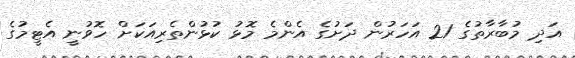
އަދި މުބާރާތުގެ 21 އަހަރުން ދަށުގެ އެންމެ މޮޅު ކުޅުންތެރިއަކަށް ހޮވުނީ އެޓީމުގެ